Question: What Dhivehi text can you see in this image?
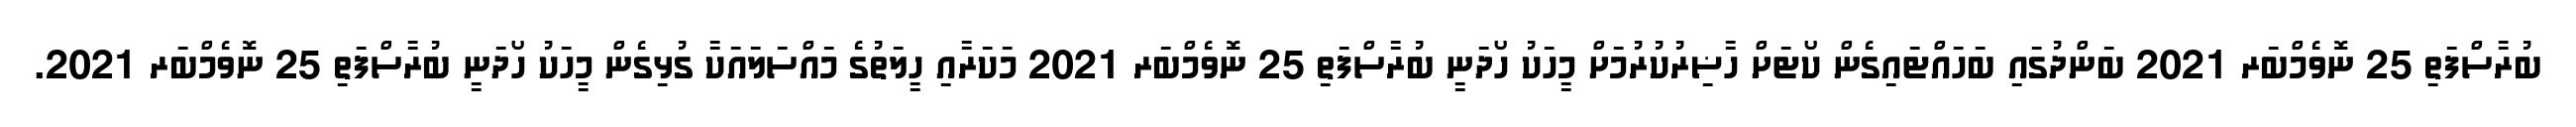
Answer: ބުރާސްފަތި 25 ނޮވެމްބަރ 2021 ބަންދުގައި ބަހައްޓައިގެން ކޯޓަށް ހާޟިރުކުރުމަށް މީހަކު ހޯދަނީ ބުރާސްފަތި 25 ނޮވެމްބަރ 2021 މަކަރާއި ހީލަތުގެ މައްސަލައަކާ ގުޅިގެން މީހަކު ހޯދަނީ ބުރާސްފަތި 25 ނޮވެމްބަރ 2021.